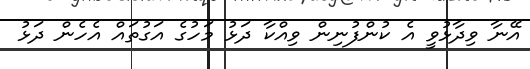
އޭނާ ވިދާޅުވީ އެ ކުންފުނިން ވިއްކާ ދަޅު މަހުގެ އަގުތައް އެހެން ދަޅު